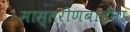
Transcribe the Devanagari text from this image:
मास्तरीणबाईंना